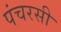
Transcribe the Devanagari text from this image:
पंचरसी